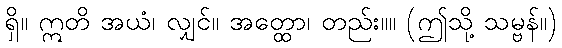
ရှိ။ ဣတိ အယံ၊ လျှင်။ အတ္ထော၊ တည်း။။ (ဤသို့ သမ္ဗန်။)